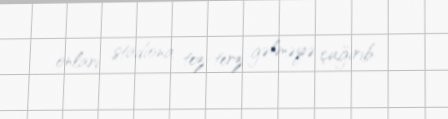
onları stadiona tez-terz gəlməyə çağırıb.